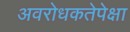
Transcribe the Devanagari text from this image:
अवरोधकतेपेक्षा